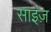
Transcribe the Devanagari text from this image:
साइंज़